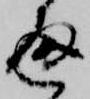
通